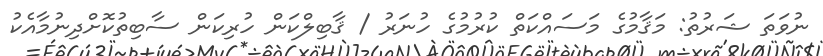
ނުވަތަ ޝަރުތު: މަޤާމުގެ މަސައްކަތް ކުރުމުގެ ހުނަރު / ޤާބިލްކަން ހުރިކަން ސާބިތުކޮށްދިނުމާއެކު